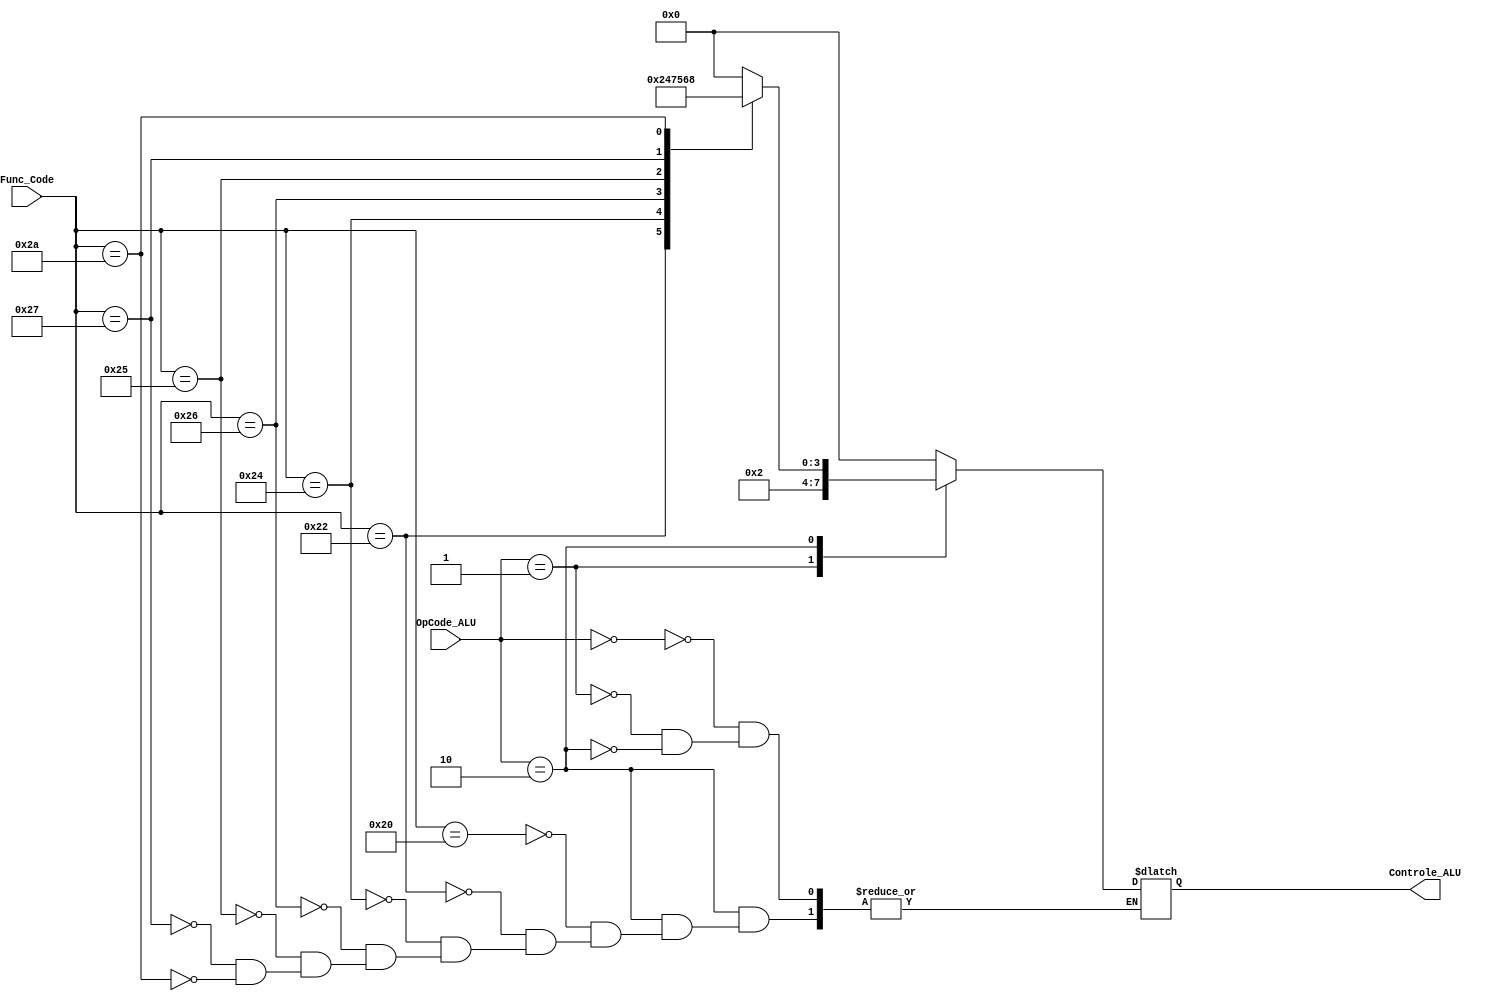
`define ALU_ADD 4'b0000
`define ALU_SUB 4'b0010
`define ALU_AND 4'b0100
`define ALU_OR  4'b0101
`define ALU_NOR 4'b0110
`define ALU_XOR 4'b0111
`define ALU_SLT 4'b1000

module ControleALU (OpCode_ALU,Func_Code,Controle_ALU);
  input [1:0] OpCode_ALU;
  input [5:0]Func_Code;
  output reg [3:0]Controle_ALU;

  always @ ( OpCode_ALU or Func_Code ) begin
    case(OpCode_ALU)
       0: begin //LW ou SW
          Controle_ALU = `ALU_ADD;
          end
       1: begin //BEQ
         Controle_ALU = `ALU_SUB;
          end
       2: begin
            case (Func_Code)
            32:begin //ADD
                 Controle_ALU = `ALU_ADD;
               end
            34:begin //SUB
                 Controle_ALU = `ALU_SUB;
               end
            36:begin //AND
                 Controle_ALU = `ALU_AND;
               end
            38:begin //XOR
                 Controle_ALU = `ALU_XOR;
              end
            37:begin //OR
                 Controle_ALU = `ALU_OR;
               end
            39:begin //NOR
                Controle_ALU = `ALU_NOR;
               end
            42:begin //SLT
                 Controle_ALU = `ALU_SLT;
               end
          endcase
          end
  endcase
  end
endmodule //ControleALU